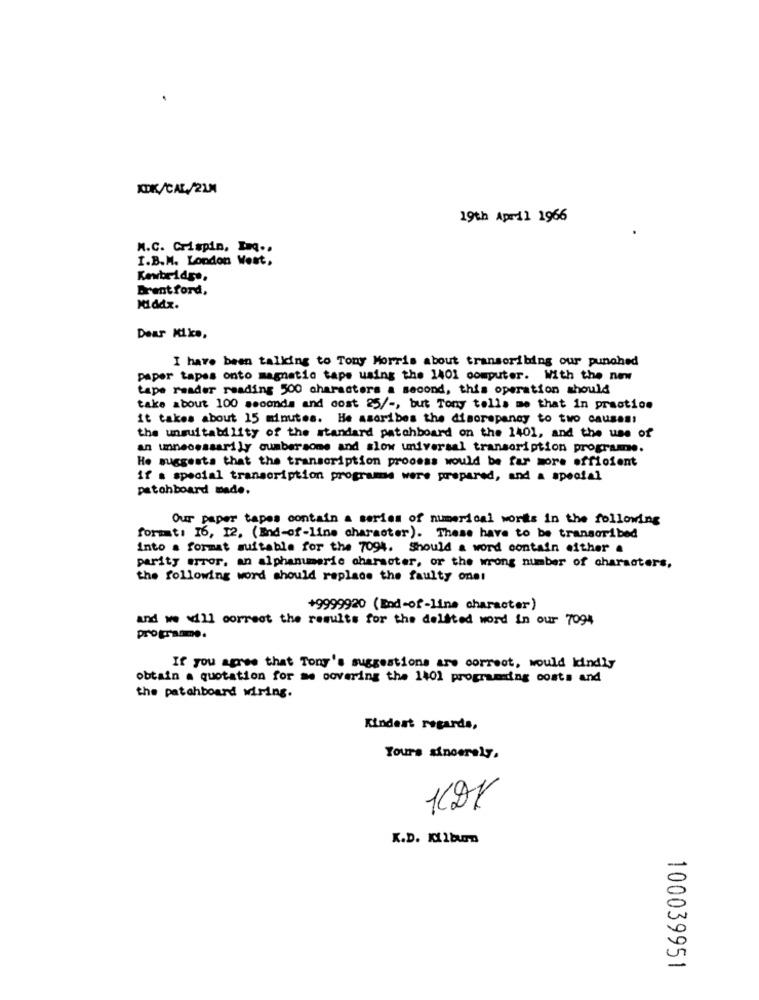
KDK/CAL/21M
19th April 1966
N.C. Crispin, Inq ..
I.B.M. London West,
Kewbridge,
Brentford,
Middx.
Dear Mike,
I have been talking to Tony Morris about transcribing our punched
paper tapes onto magnetic tape using the 1401 computer. With the new
tape reader reading 500 characters a second, this operation should
take about 100 seconds and cost 25/ -, but Tony tells me that in practice
it takes about 15 minutes. He asoribes the discrepancy to two causes!
the unsuitability of the standard patchboard on the 1401, and the use of
an unnecessarily cumbersome and slow universal transcription programe.
He suggests that the transcription process would be far more efficient
if a special transcription programe were prepared, and a special
patohboard made.
Our paper tapes contain a series of numerical works in the following
format: 16, 12. (End-of-line character). These have to be transcribed
into a format suitable for the 7094. Should a word contain either a
parity error. an alphanumeric character, or the wrong number of characters,
the following word should replace the faulty one!
+9999920 (End-of-line character)
and we will correct the results for the delited word in our 7094
programme.
If you agree that Tony's suggestions are correct, would kindly
obtain a quotation for me covering the 1401 programming costs and
the patchboard wiring.
Kindest regards,
Yours sincerely,
K.D. Kilburn
100039951